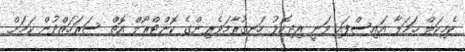
ކެމިކަލް ހަމަލާ އައިސްފައި ވަނީ އިދިކޮޅު ހަނގުރާމަވެރިންގެ ކޮންޓްރޯލް އޮތް ސަރަހައްދުން ކަމަށް